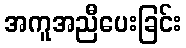
အကူအညီပေးခြင်း